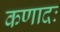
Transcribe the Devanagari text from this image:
कणादः